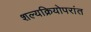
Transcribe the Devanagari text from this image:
शल्यक्रियोपरांत